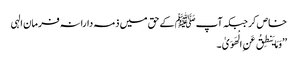
خاص کر جبکہ آپﷺ کے حق میں ذمہ دارانہ فرمان الہی
’’وَمَا یَنطِقُ عَنِ الْهَوَیٰ ۔